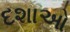
દશાઓ